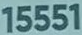
15551